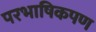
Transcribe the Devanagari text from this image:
परभाषिकपण